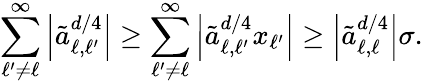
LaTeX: \sum_{\ell^{\prime}\neq\ell}^{\infty}\left\vert\tilde{a}_{\ell,\ell^{\prime}}^{d/4}\right\vert\geq\sum_{\ell^{\prime}\neq\ell}^{\infty}\left\vert\tilde{a}_{\ell,\ell^{\prime}}^{d/4}x_{\ell^{\prime}}\right\vert\geq\left\vert\tilde{a}_{\ell,\ell}^{d/4}\right\vert\sigma.